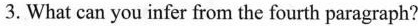
3.What can you infer the fourth paragraph?